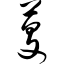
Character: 芟